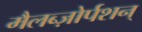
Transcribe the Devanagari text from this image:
मैलब्ज़ोर्पशन्